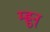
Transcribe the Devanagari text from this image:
म्ह्नुन्